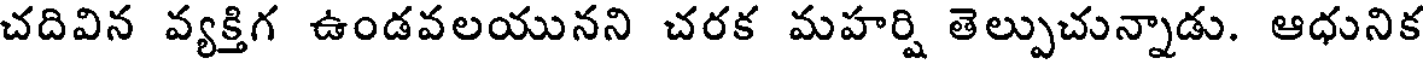
చదివిన వ్యక్తిగ ఉండవలయునని చరక మహర్షి తెల్పుచున్నాడు. ఆధునిక